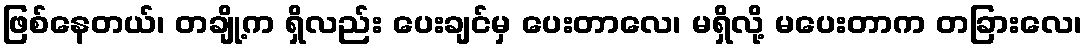
ဖြစ်နေတယ်၊ တချို့က ရှိလည်း ပေးချင်မှ ပေးတာလေ၊ မရှိလို့ မပေးတာက တခြားလေ၊